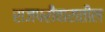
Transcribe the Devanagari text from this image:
राजपरीवारातील